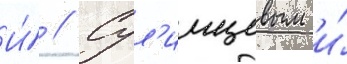
И́ // Сул'имцевым и́